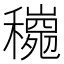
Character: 𱶩